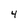
Character: 4